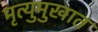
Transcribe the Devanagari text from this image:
मृत्युमुखात